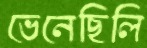
ভেনেছিলি